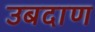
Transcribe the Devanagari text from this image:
उबदाण